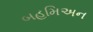
બહમિઅન